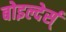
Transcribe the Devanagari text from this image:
बोइल्देर्स्